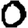
Digit: 0